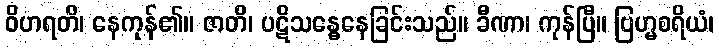
ဝိဟရတိ၊ နေကုန်၏။ ဇာတိ၊ ပဋိသန္ဓေနေခြင်းသည်။ ခီဏာ၊ ကုန်ပြီ။ ဗြဟ္မစရိယံ၊